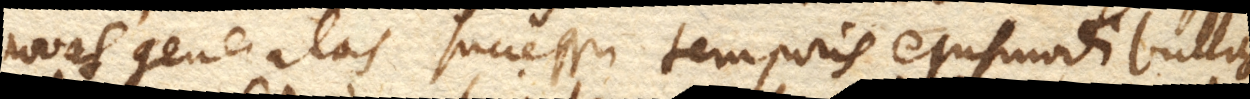
novas generatas successu temporis ejusmodi bullas